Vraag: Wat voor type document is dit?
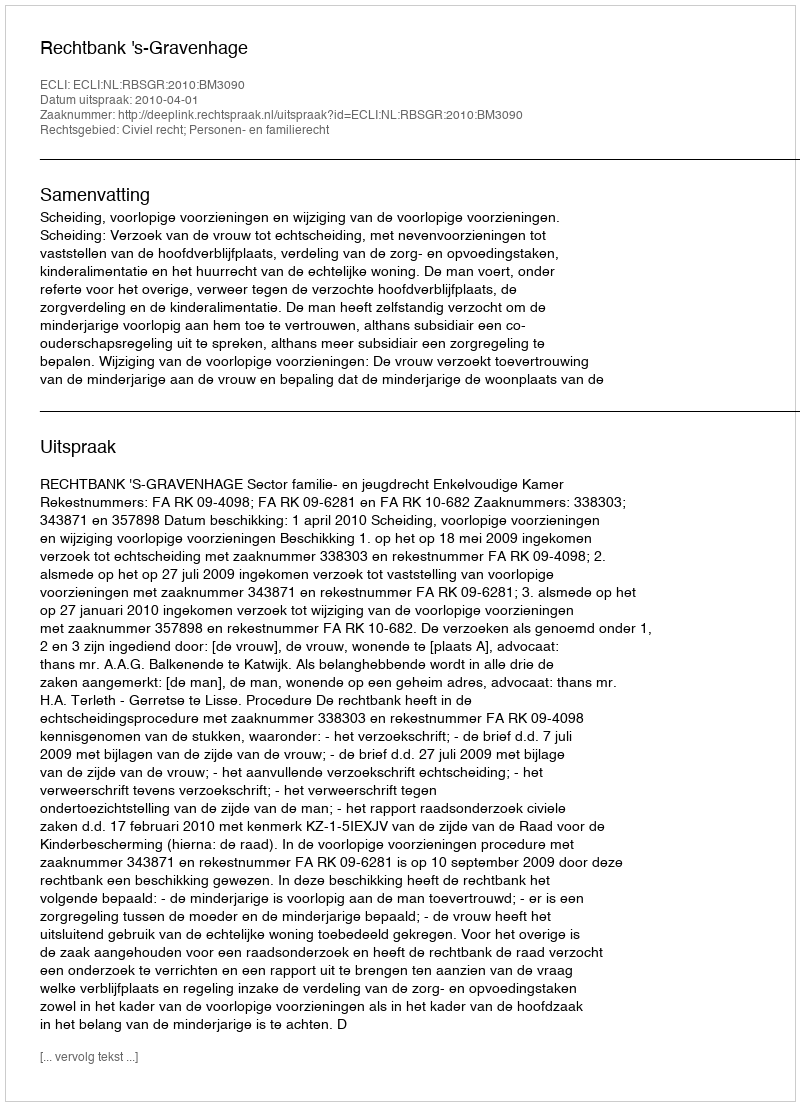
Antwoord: Uitspraak